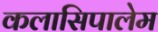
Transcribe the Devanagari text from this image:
कलासिपालेम